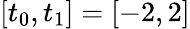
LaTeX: [t_{0},t_{1}]=[-2,2]